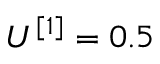
U ^ { [ 1 ] } = 0 . 5